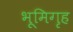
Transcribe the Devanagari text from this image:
भूमिगृह